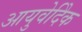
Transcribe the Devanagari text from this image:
आयुवेदिेक